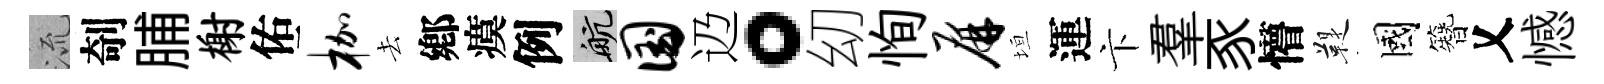
𣴑剞脯榭佑枷去鄕瘼例航国辸。㓜恂屏垣運卞羣豕懵鞮國簪乂憾